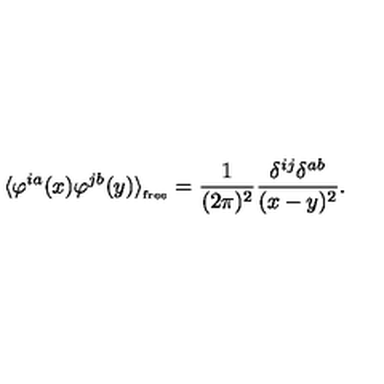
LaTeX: \langle \varphi ^ { i a } ( x ) \varphi ^ { j b } ( y ) \rangle _ { _ { \mathrm { f r e e } } } = \frac { 1 } { ( 2 \pi ) ^ { 2 } } \frac { \delta ^ { i j } \delta ^ { a b } } { ( x - y ) ^ { 2 } } .